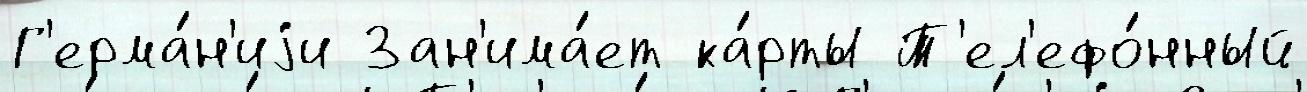
Г'ерма́н'иjи Зан'има́ет ка́рты Т'ел'ефо́нный